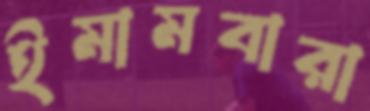
ইমামবারা